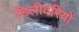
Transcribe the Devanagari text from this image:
डिलीवरियों